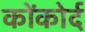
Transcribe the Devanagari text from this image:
कोंकोर्द